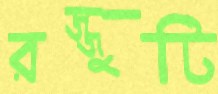
রজ্জুটি